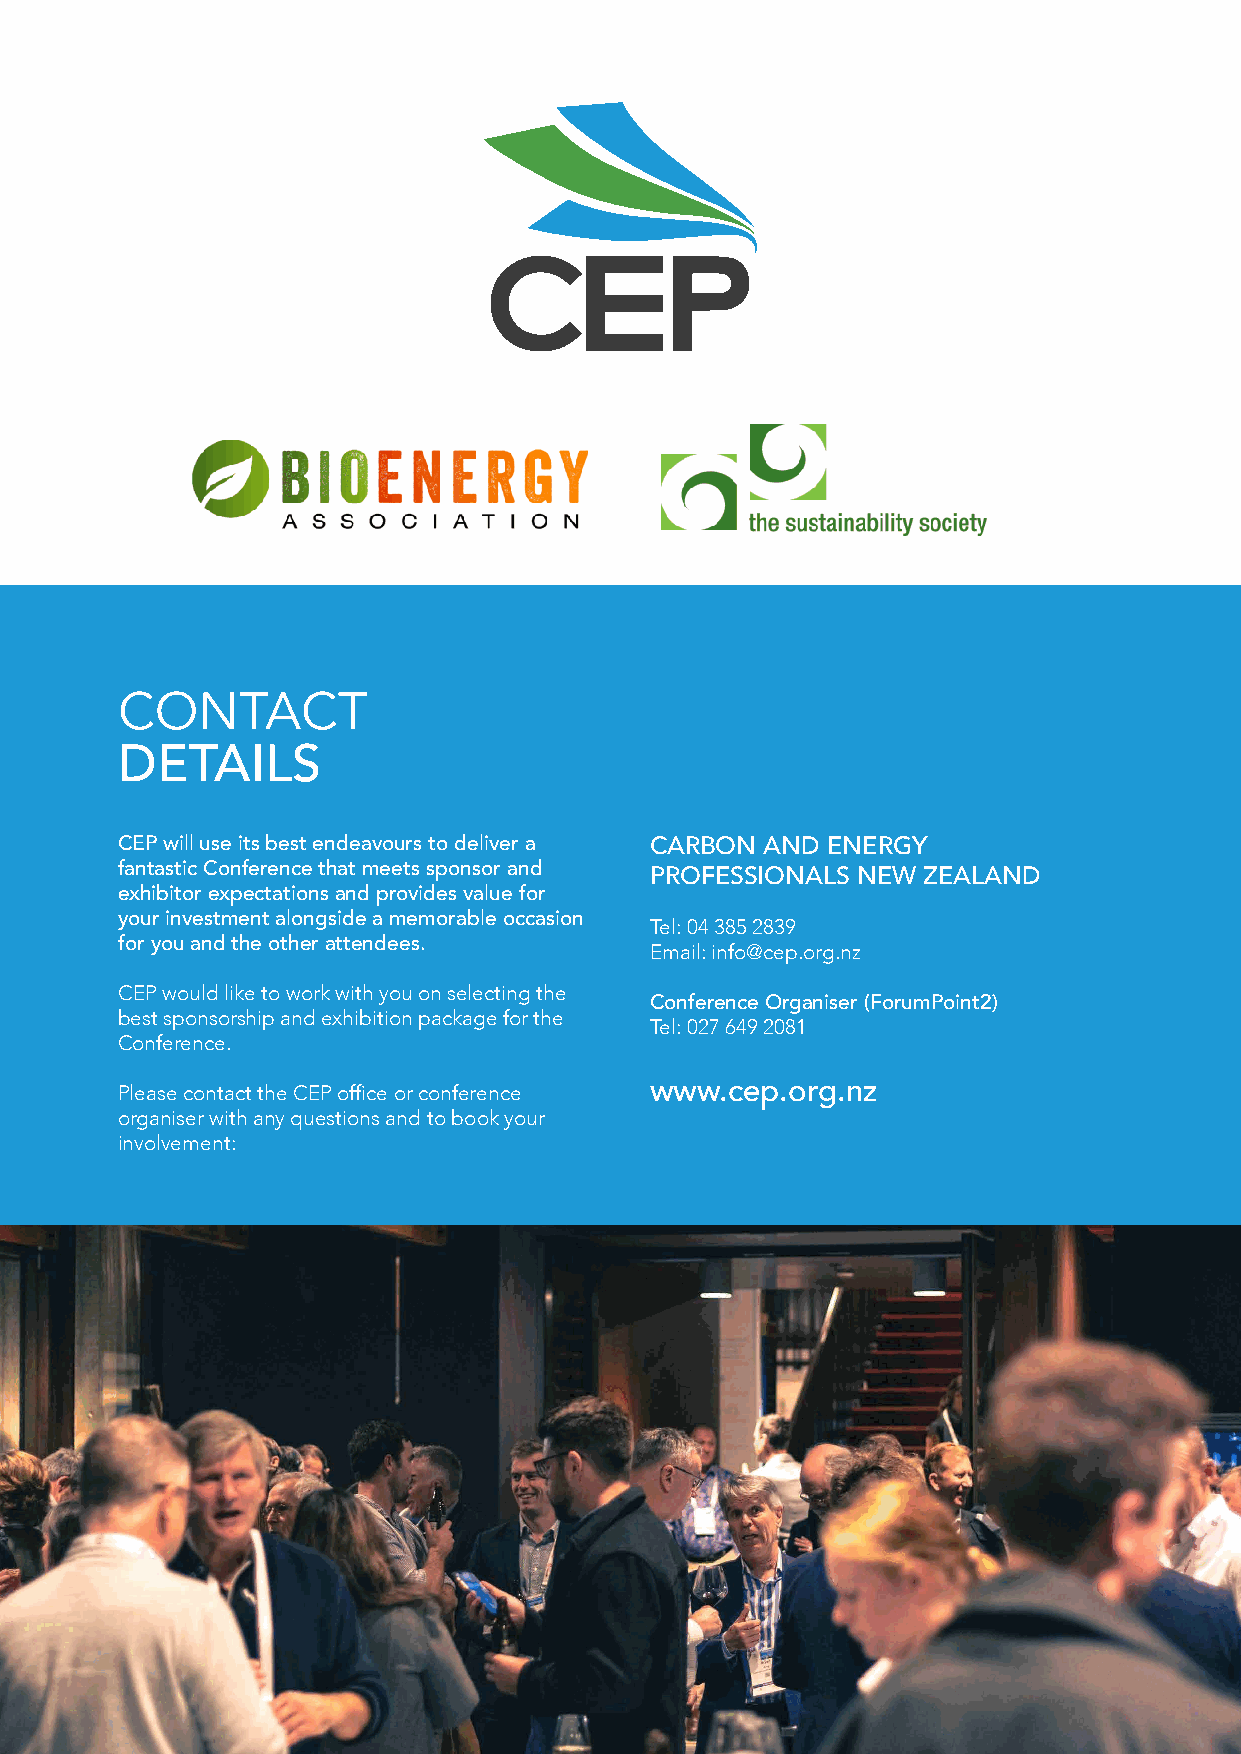
CONTACT
 DETAILS
 CEP will use its best endeavours to deliver a CARBON AND ENERGY
 fantastic Conference that meets sponsor and
 PROFESSIONALS NEW ZEALAND
 exhibitor expectations and provides value for
 your investment alongside a memorable occasion Tel: 04 385 2839
 for you and the other attendees.   Email: info@cep.org.nz
 CEP would like to work with you on selecting the
 Conference Organiser (ForumPoint2)
 best sponsorship and exhibition package for the
 Tel: 027 649 2081
 Conference.
 Please contact the CEP office or conference www.cep.org.nz
 organiser with any questions and to book your
 involvement:
 8